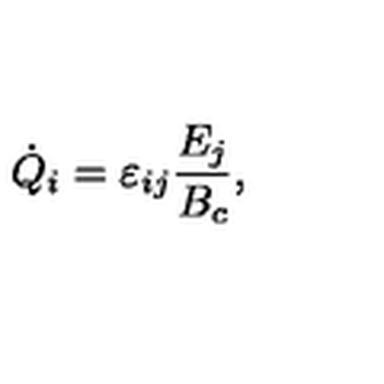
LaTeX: \dot { Q } _ { i } = \varepsilon _ { i j } \frac { E _ { j } } { B _ { c } } ,